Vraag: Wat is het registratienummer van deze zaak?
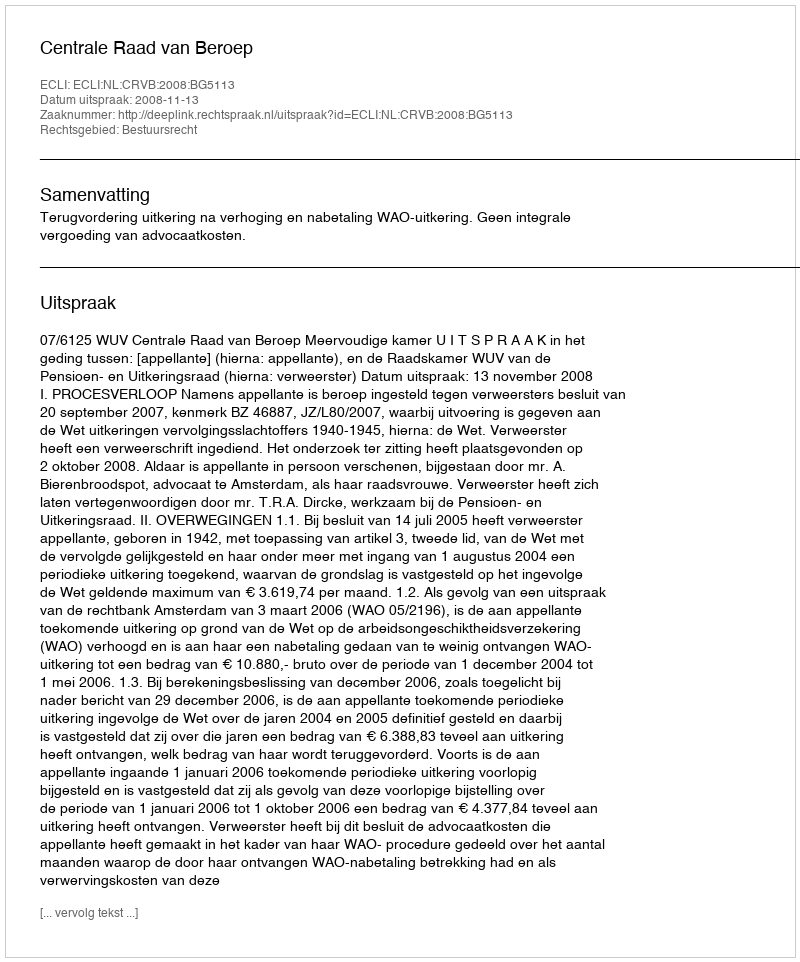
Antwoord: http://deeplink.rechtspraak.nl/uitspraak?id=ECLI:NL:CRVB:2008:BG5113